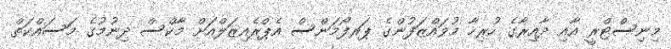
މިނިސްޓްރީ އާއި ދާއިރާގެ ހުރިހާ މުވައްޒަފުންގެ ޕަރފޯމަންސް އެޕްރެއިޒަލްއަށް މާކްސް ދިނުމުގެ މަސައްކަތް